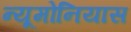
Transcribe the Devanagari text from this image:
न्यूमोनियास